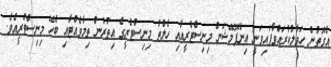
އެގޮތުން ހަވާލުކުރައްވާފައިވަނީ އިންފޮމޭޝަން މިނިސްޓްރީއާއި ހެލްތު މިނިސްޓްރީގެ އިތުރުން ތިމާވެއްޓާއި ބެހޭ މިނިސްޓްރީއެވެ.